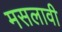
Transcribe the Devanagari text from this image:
मसलावी